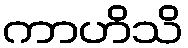
ကာဟိသိ